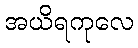
အယိရကုလေ